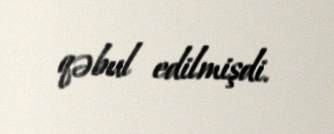
qəbul edilmişdi.